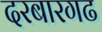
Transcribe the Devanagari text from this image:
दरबारगढ